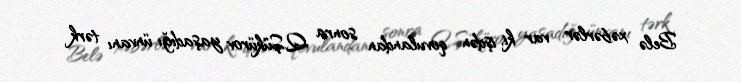
Belə xəbərlər var ki, işdən qovulandan sonra Q.Şükürov yaşadığı ünvanı tərk